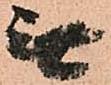
無